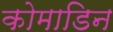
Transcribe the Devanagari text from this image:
कोमाडिन